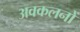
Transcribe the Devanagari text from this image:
अवकलनों